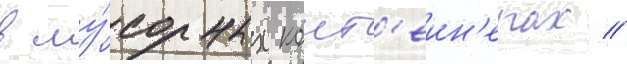
в му́сорных конт'еин'ерах //